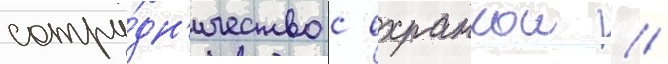
сотру́дн'ичество с охранкои /